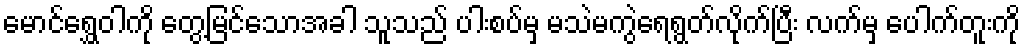
မောင်ရွှေဝါကို တွေ့မြင်သောအခါ သူသည် ပါးစပ်မှ မသဲမကွဲရေရွတ်လိုက်ပြီး လက်မှ ပေါက်တူးကို